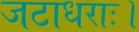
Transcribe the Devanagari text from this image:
जटाधराः।